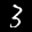
Label: 3